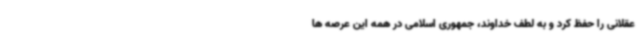
عقلانی را حفظ کرد و به لطف خداوند، جمهوری اسلامی در همه این عرصه ها